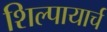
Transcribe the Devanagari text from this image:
शिल्पायार्च